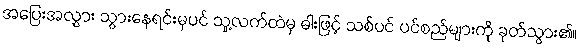
အပြေးအလွှား သွားနေရင်းမှပင် သူ့လက်ထဲမှ ဓါးဖြင့် သစ်ပင် ပင်စည်များကို ခုတ်သွား၏။